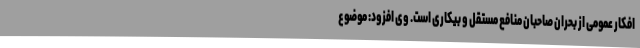
افکار عمومی از بحران صاحبان منافع مستقل و بیکاری است. وی افزود: موضوع